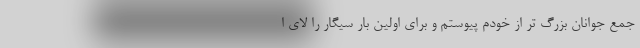
جمع جوانان بزرگ تر از خودم پیوستم و برای اولین بار سیگار را لای ا